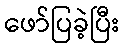
ဖော်ပြခဲ့ပြီး